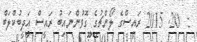
:  20